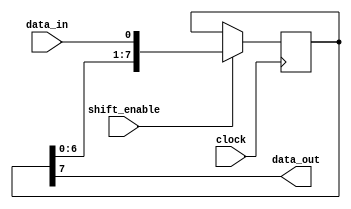
module piso_shift_register (
  input wire data_in,
  input wire clock,
  input wire shift_enable,
  output reg data_out
);

reg [7:0] register;

always @(posedge clock) begin
  if (shift_enable) begin
    register <= {register[6:0], data_in};
  end
end

assign data_out = register[7];

endmodule